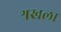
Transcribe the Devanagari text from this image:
श्रखला